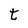
Character: t